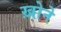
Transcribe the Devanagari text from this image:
ख़ोने